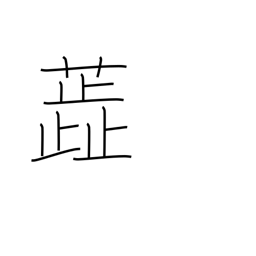
Meaning: stamen